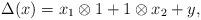
LaTeX: \begin{align*} \Delta (x) = x_1 \otimes 1 + 1 \otimes x_2 + y,\end{align*}